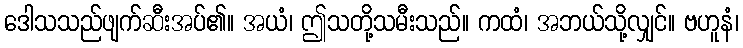
ဒေါသသည်ဖျက်ဆီးအပ်၏။ အယံ၊ ဤသတို့သမီးသည်။ ကထံ၊ အဘယ်သို့လျှင်။ ဗဟူနံ၊